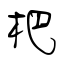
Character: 杷